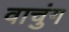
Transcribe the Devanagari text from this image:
वाचुंग